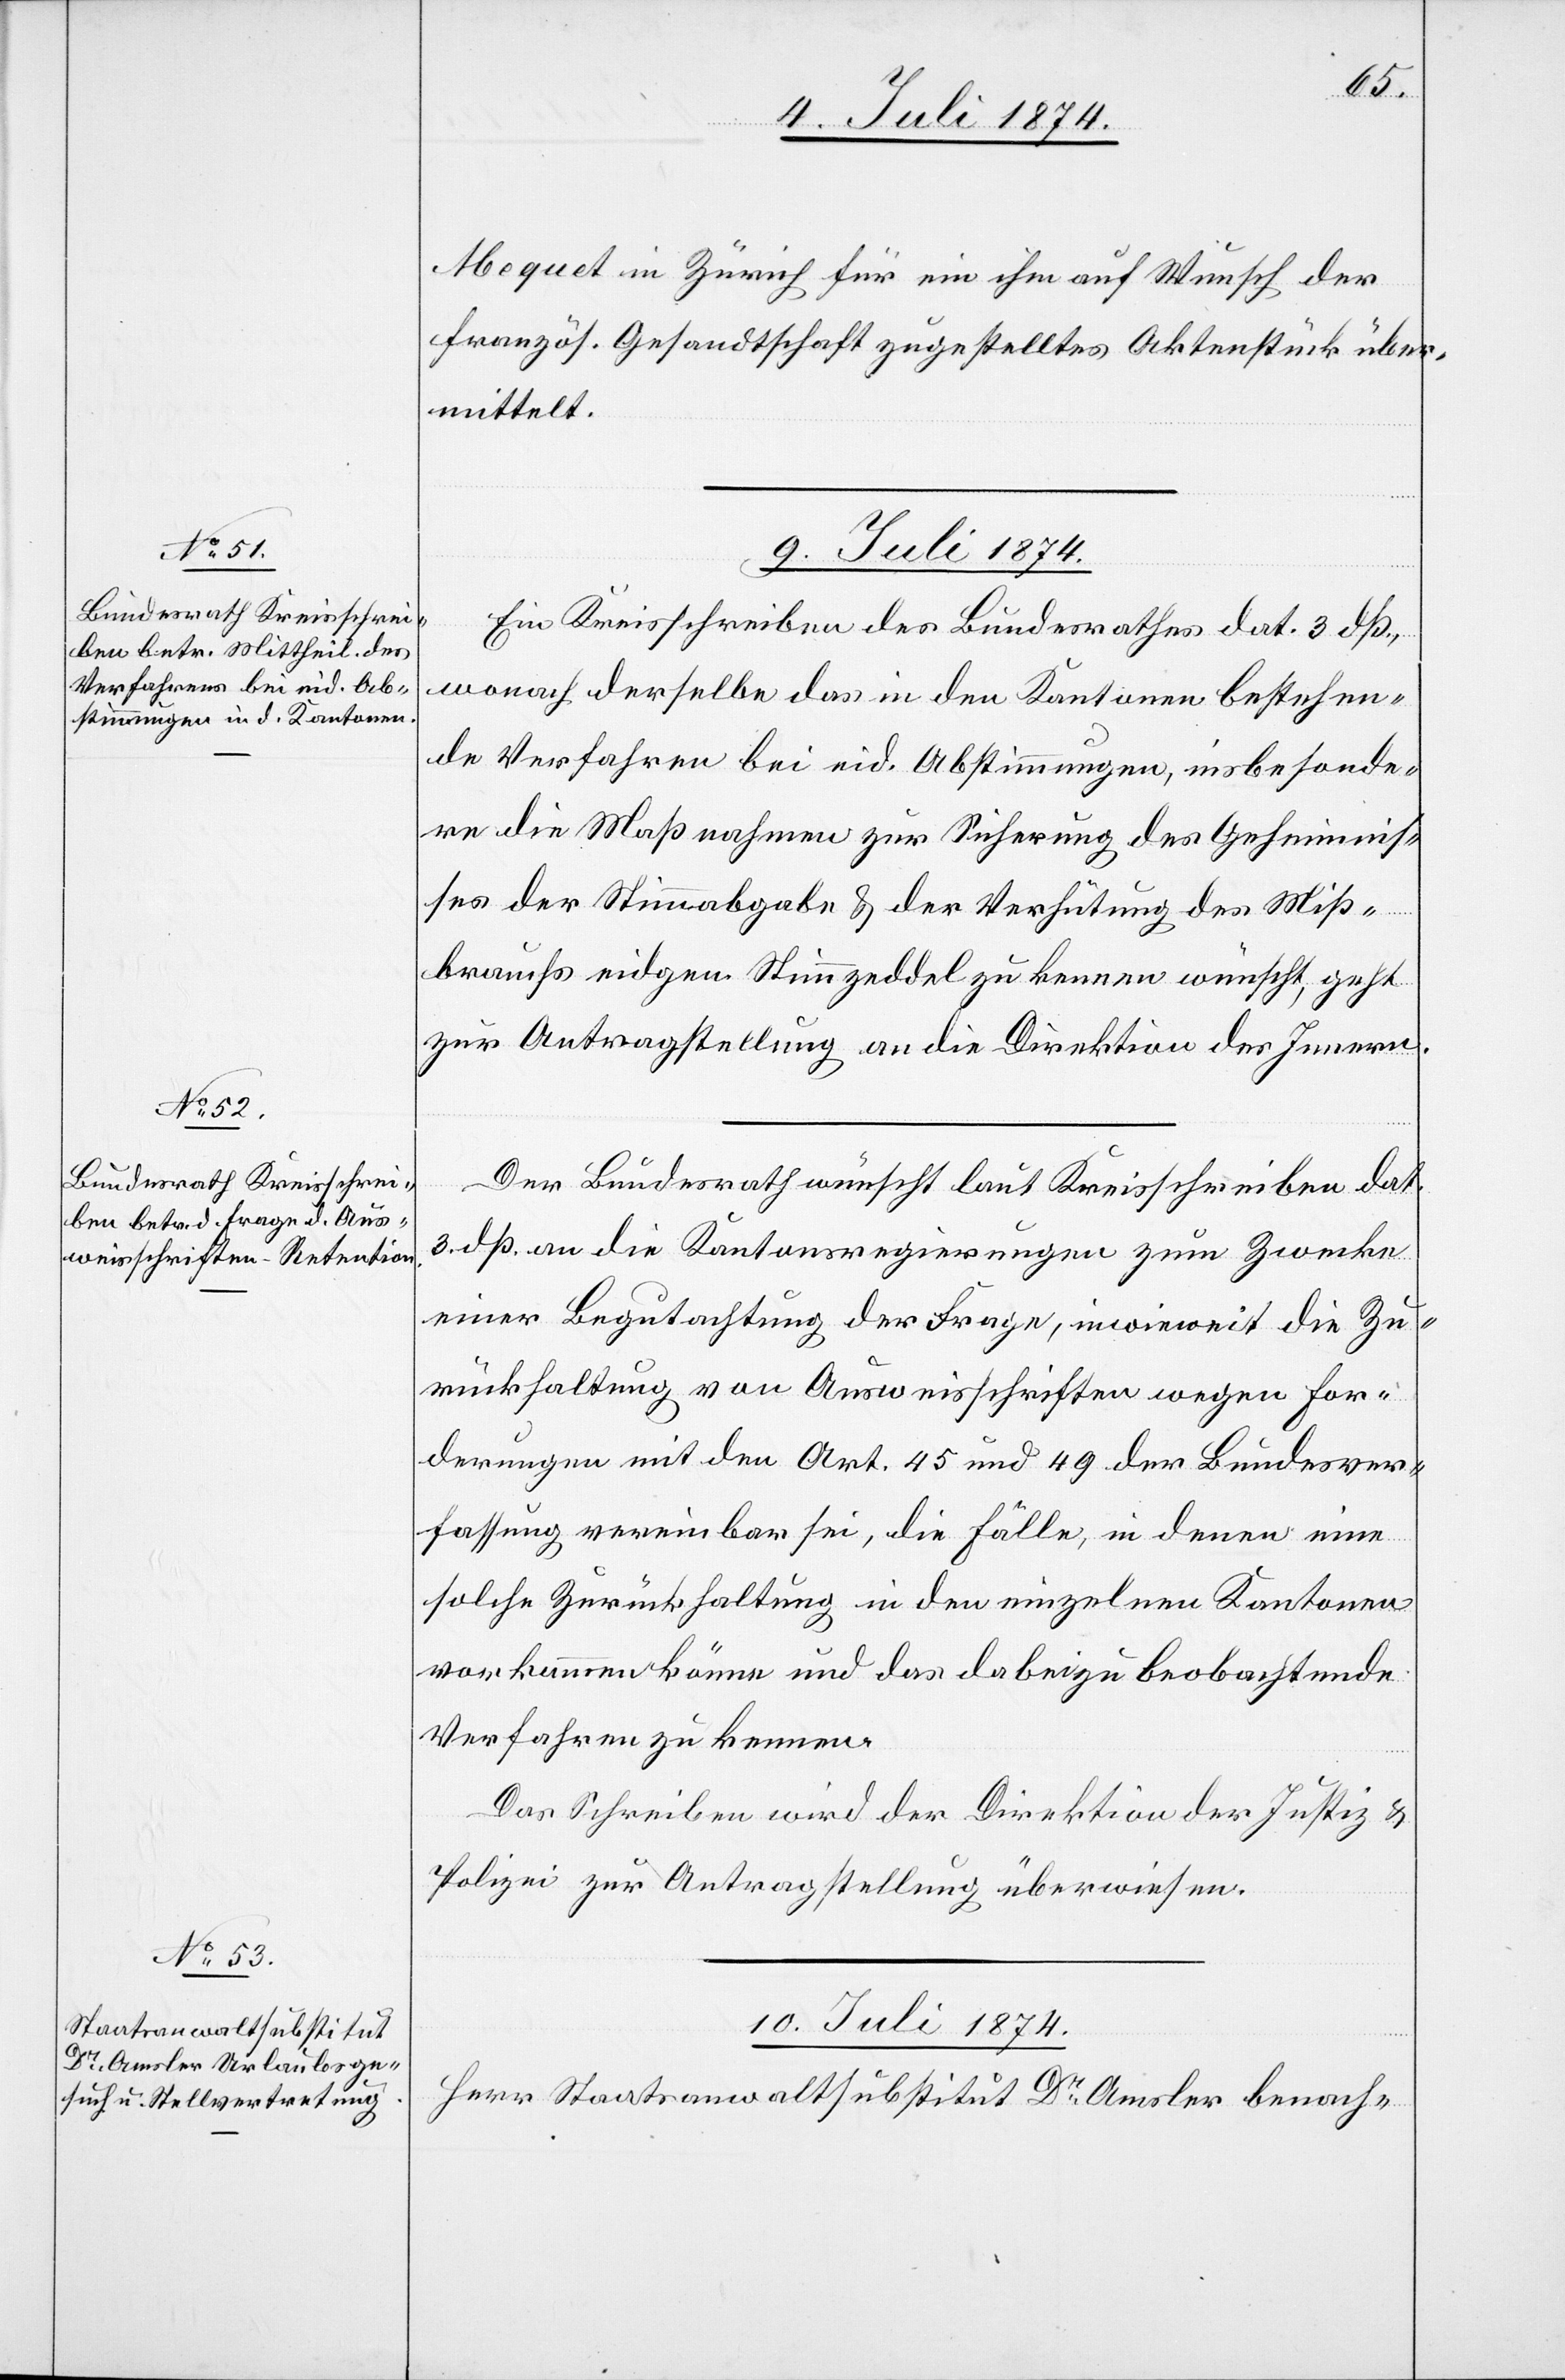
Mequet in Zürich für ein ihm auf Wunsch der
französ. Gesandtschaft zugestelltes Aktenstück über¬
mittelt.
9. Juli 1874.]
Ein Kreisschreiben des Bundesrathes dat. 3. dß.,
wonach derselbe das in den Kantonen bestehen¬
de Verfahren bei eid. Abstimmungen, insbesonde¬
re die Maßnahmen zur Sicherung des Geheimnis¬
ses der Stimmabgabe u. der Verhütung des Miß¬
brauchs eidgen. Stimmzeddel zu kennen wünscht, geht
zur Antragstellung an die Direktion des Innern.
Der Bundesrath wünscht laut Kreisschreiben dat.
3. dß. an die Kantonsregierungen zum Zwecke
einer Begutachtung der Frage, inwieweit die Zu¬
rückhaltung von Ausweisschriften wegen For¬
derungen mit den Art. 45 und 49 der Bundesver¬
fassung vereinbar sei, die Fälle, in denen eine
solche Zurückhaltung in den einzelnen Kantonen
vorkommen könne und das dabei zu beobachtende
Verfahren zu kennen.
Das Schreiben wird der Direktion der Justiz u.
Polizei zur Antragstellung überwiesen.
10. Juli 1874.
Herr Staatsanwaltsubstitut Dr Amsler benach-